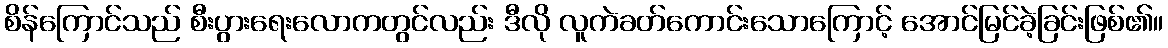
စိန်ကြောင်သည် စီးပွားရေးလောကတွင်လည်း ဒီလို လူကဲခတ်ကောင်းသောကြောင့် အောင်မြင်ခဲ့ခြင်းဖြစ်၏။